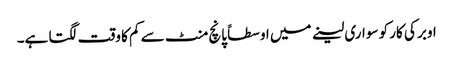
اوبر کی کار کو سواری لینے میں اوسطاً پانچ منٹ سے کم کا وقت لگتا ہے۔